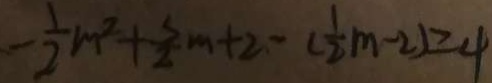
- \frac { 1 } { 2 } m ^ { 2 } + \frac { 3 } { 2 } m + 2 - ( \frac { 1 } { 2 } m - 2 ) = 4